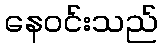
နေဝင်းသည်